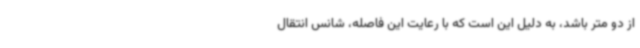
از دو متر باشد، به دلیل این است که با رعایت این فاصله، شانس انتقال